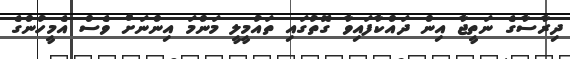
ދިރާސާގެ ނަތީޖާ އިން ދައްކާފައިވާ ގޮތުގައި ތައުމީލީ މަންމަ އިންނަށް ވެސް އެމީހުންގެ